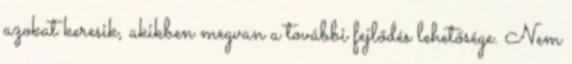
azokat keresik, akikben megvan a további fejlődés lehetősége. Nem